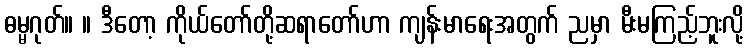
ဓမ္မဂုတ်။ ။ ဒီတော့ ကိုယ်တော်တို့ဆရာတော်ဟာ ကျန်းမာရေးအတွက် ညမှာ မီးမကြည့်ဘူးလို့